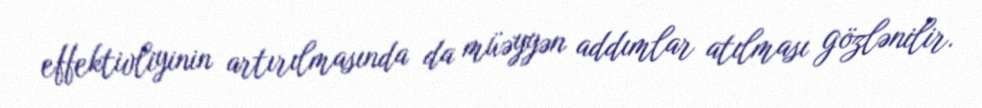
effektivliyinin artırılmasında da müəyyən addımlar atılması gözlənilir.